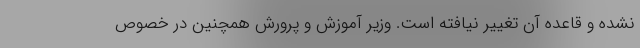
نشده و قاعده آن تغییر نیافته است. وزیر آموزش و پرورش همچنین در خصوص